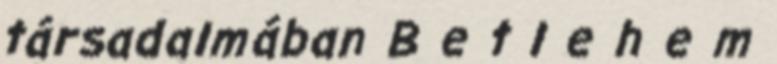
társadalmában B e t l e h e m